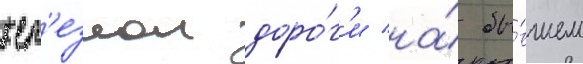
жел'езнои доро́г'и на́ бы́вшем